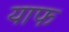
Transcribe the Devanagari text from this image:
याफ